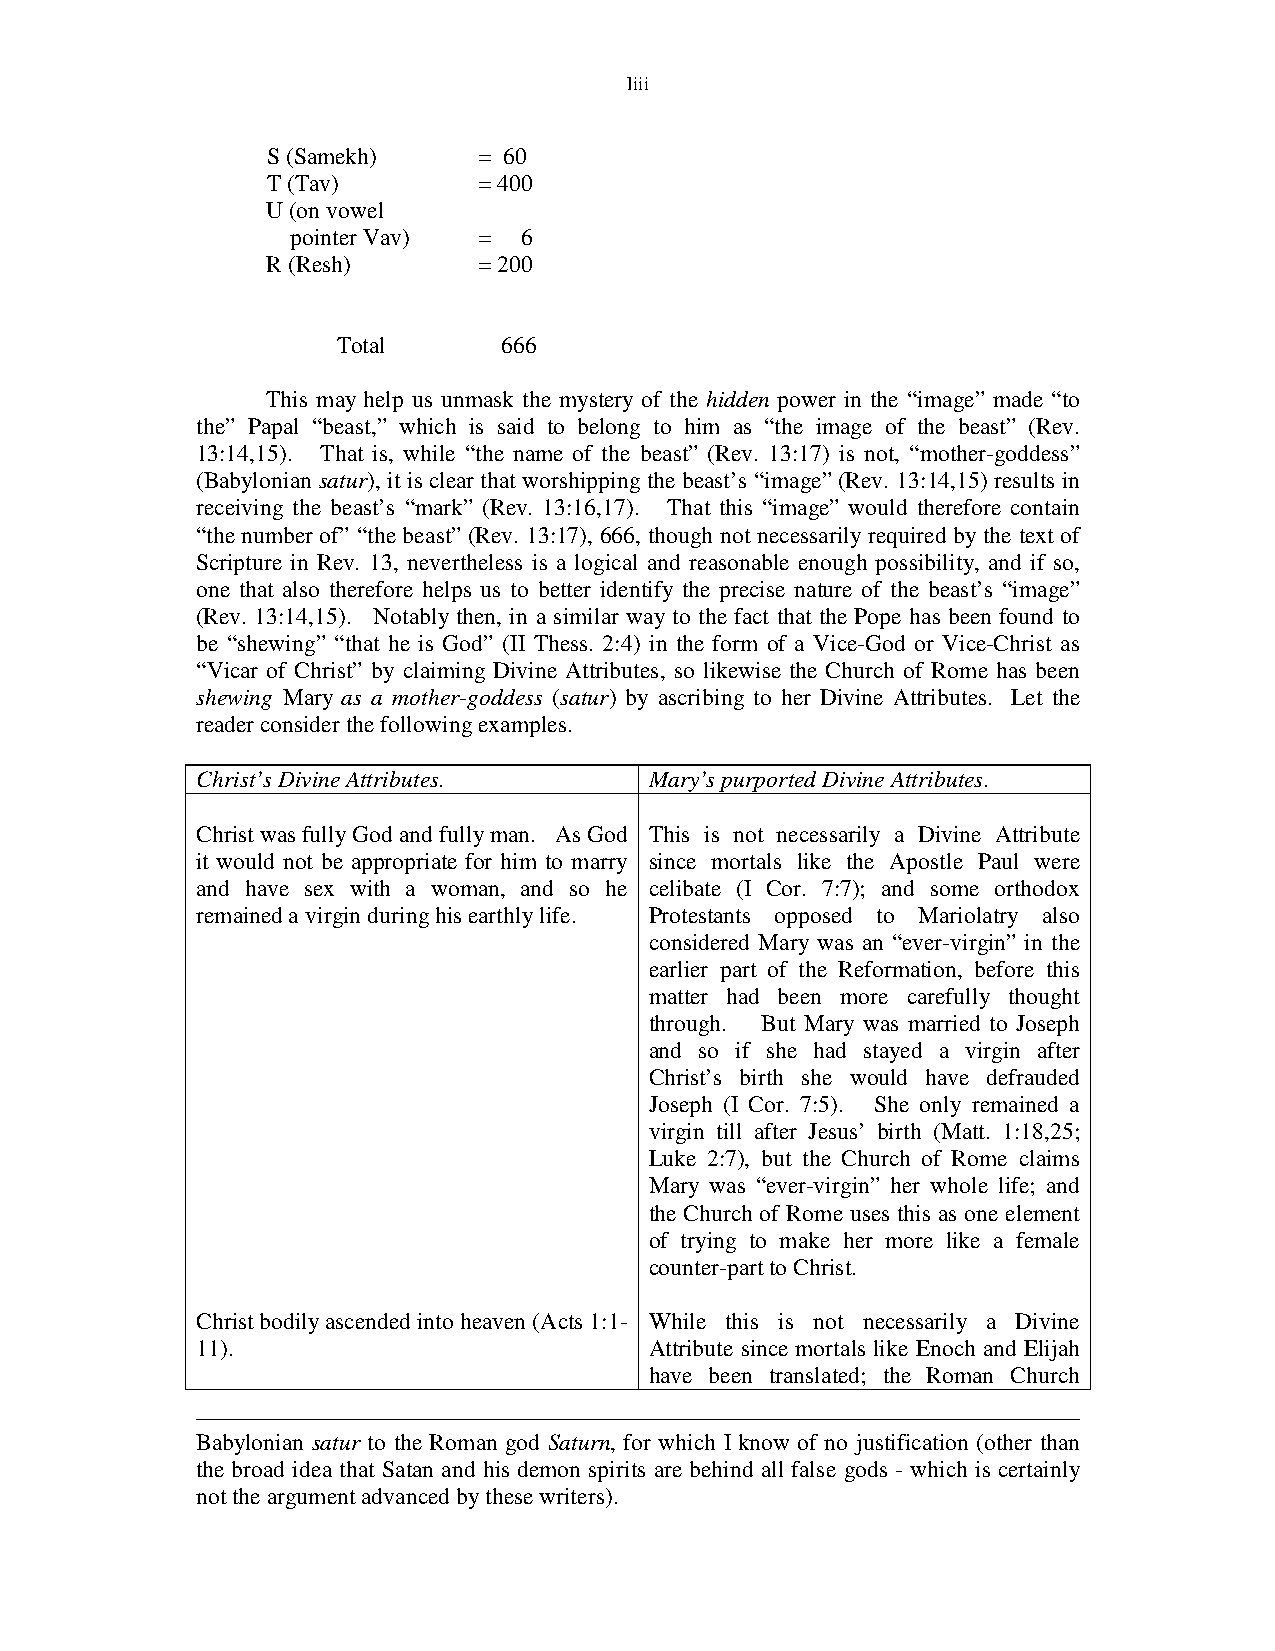
liii
 S (Samekh)    = 60
 T (Tav)       = 400
 U (on vowel
 pointer Vav) = 6
 R (Resh)      = 200
 Total      666
 This may help us unmask the mystery of the hidden power in the “image” made “to
 the” Papal “beast,” which is said to belong to him as “the image of the beast” (Rev.
 13:14,15). That is, while “the name of the beast” (Rev. 13:17) is not, “mother-goddess”
 (Babylonian satur), it is clear that worshipping the beast’s “image” (Rev. 13:14,15) results in
 receiving the beast’s “mark” (Rev. 13:16,17). That this “image” would therefore contain
 “the number of” “the beast” (Rev. 13:17), 666, though not necessarily required by the text of
 Scripture in Rev. 13, nevertheless is a logical and reasonable enough possibility, and if so,
 one that also therefore helps us to better identify the precise nature of the beast’s “image”
 (Rev. 13:14,15). Notably then, in a similar way to the fact that the Pope has been found to
 be “shewing” “that he is God” (II Thess. 2:4) in the form of a Vice-God or Vice-Christ as
 “Vicar of Christ” by claiming Divine Attributes, so likewise the Church of Rome has been
 shewing Mary as a mother-goddess (satur) by ascribing to her Divine Attributes. Let the
 reader consider the following examples.
 Christ’s Divine Attributes.   Mary’s purported Divine Attributes.
 Christ was fully God and fully man. As God This is not necessarily a Divine Attribute
 it would not be appropriate for him to marry since mortals like the Apostle Paul were
 and have sex with a woman, and so he celibate (I Cor. 7:7); and some orthodox
 remained a virgin during his earthly life. Protestants opposed to Mariolatry also
 considered Mary was an “ever-virgin” in the
 earlier part of the Reformation, before this
 matter had been more carefully thought
 through. But Mary was married to Joseph
 and so if she had stayed a virgin after
 Christ’s birth she would have defrauded
 Joseph (I Cor. 7:5). She only remained a
 virgin till after Jesus’ birth (Matt. 1:18,25;
 Luke 2:7), but the Church of Rome claims
 Mary was “ever-virgin” her whole life; and
 the Church of Rome uses this as one element
 of trying to make her more like a female
 counter-part to Christ.
 Christ bodily ascended into heaven (Acts 1:1- While this is not necessarily a Divine
 11).                          Attribute since mortals like Enoch and Elijah
 have been translated; the Roman Church
 Babylonian satur to the Roman god Saturn, for which I know of no justification (other than
 the broad idea that Satan and his demon spirits are behind all false gods - which is certainly
 not the argument advanced by these writers).